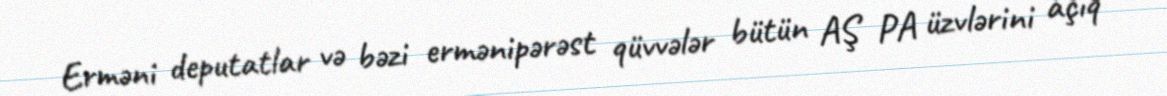
Erməni deputatlar və bəzi ermənipərəst qüvvələr bütün AŞ PA üzvlərini açıq